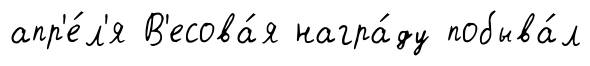
апр'е́л'я В'есова́я награ́ду побыва́л